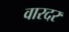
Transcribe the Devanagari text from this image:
वारदर